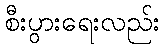
စီးပွားရေးလည်း